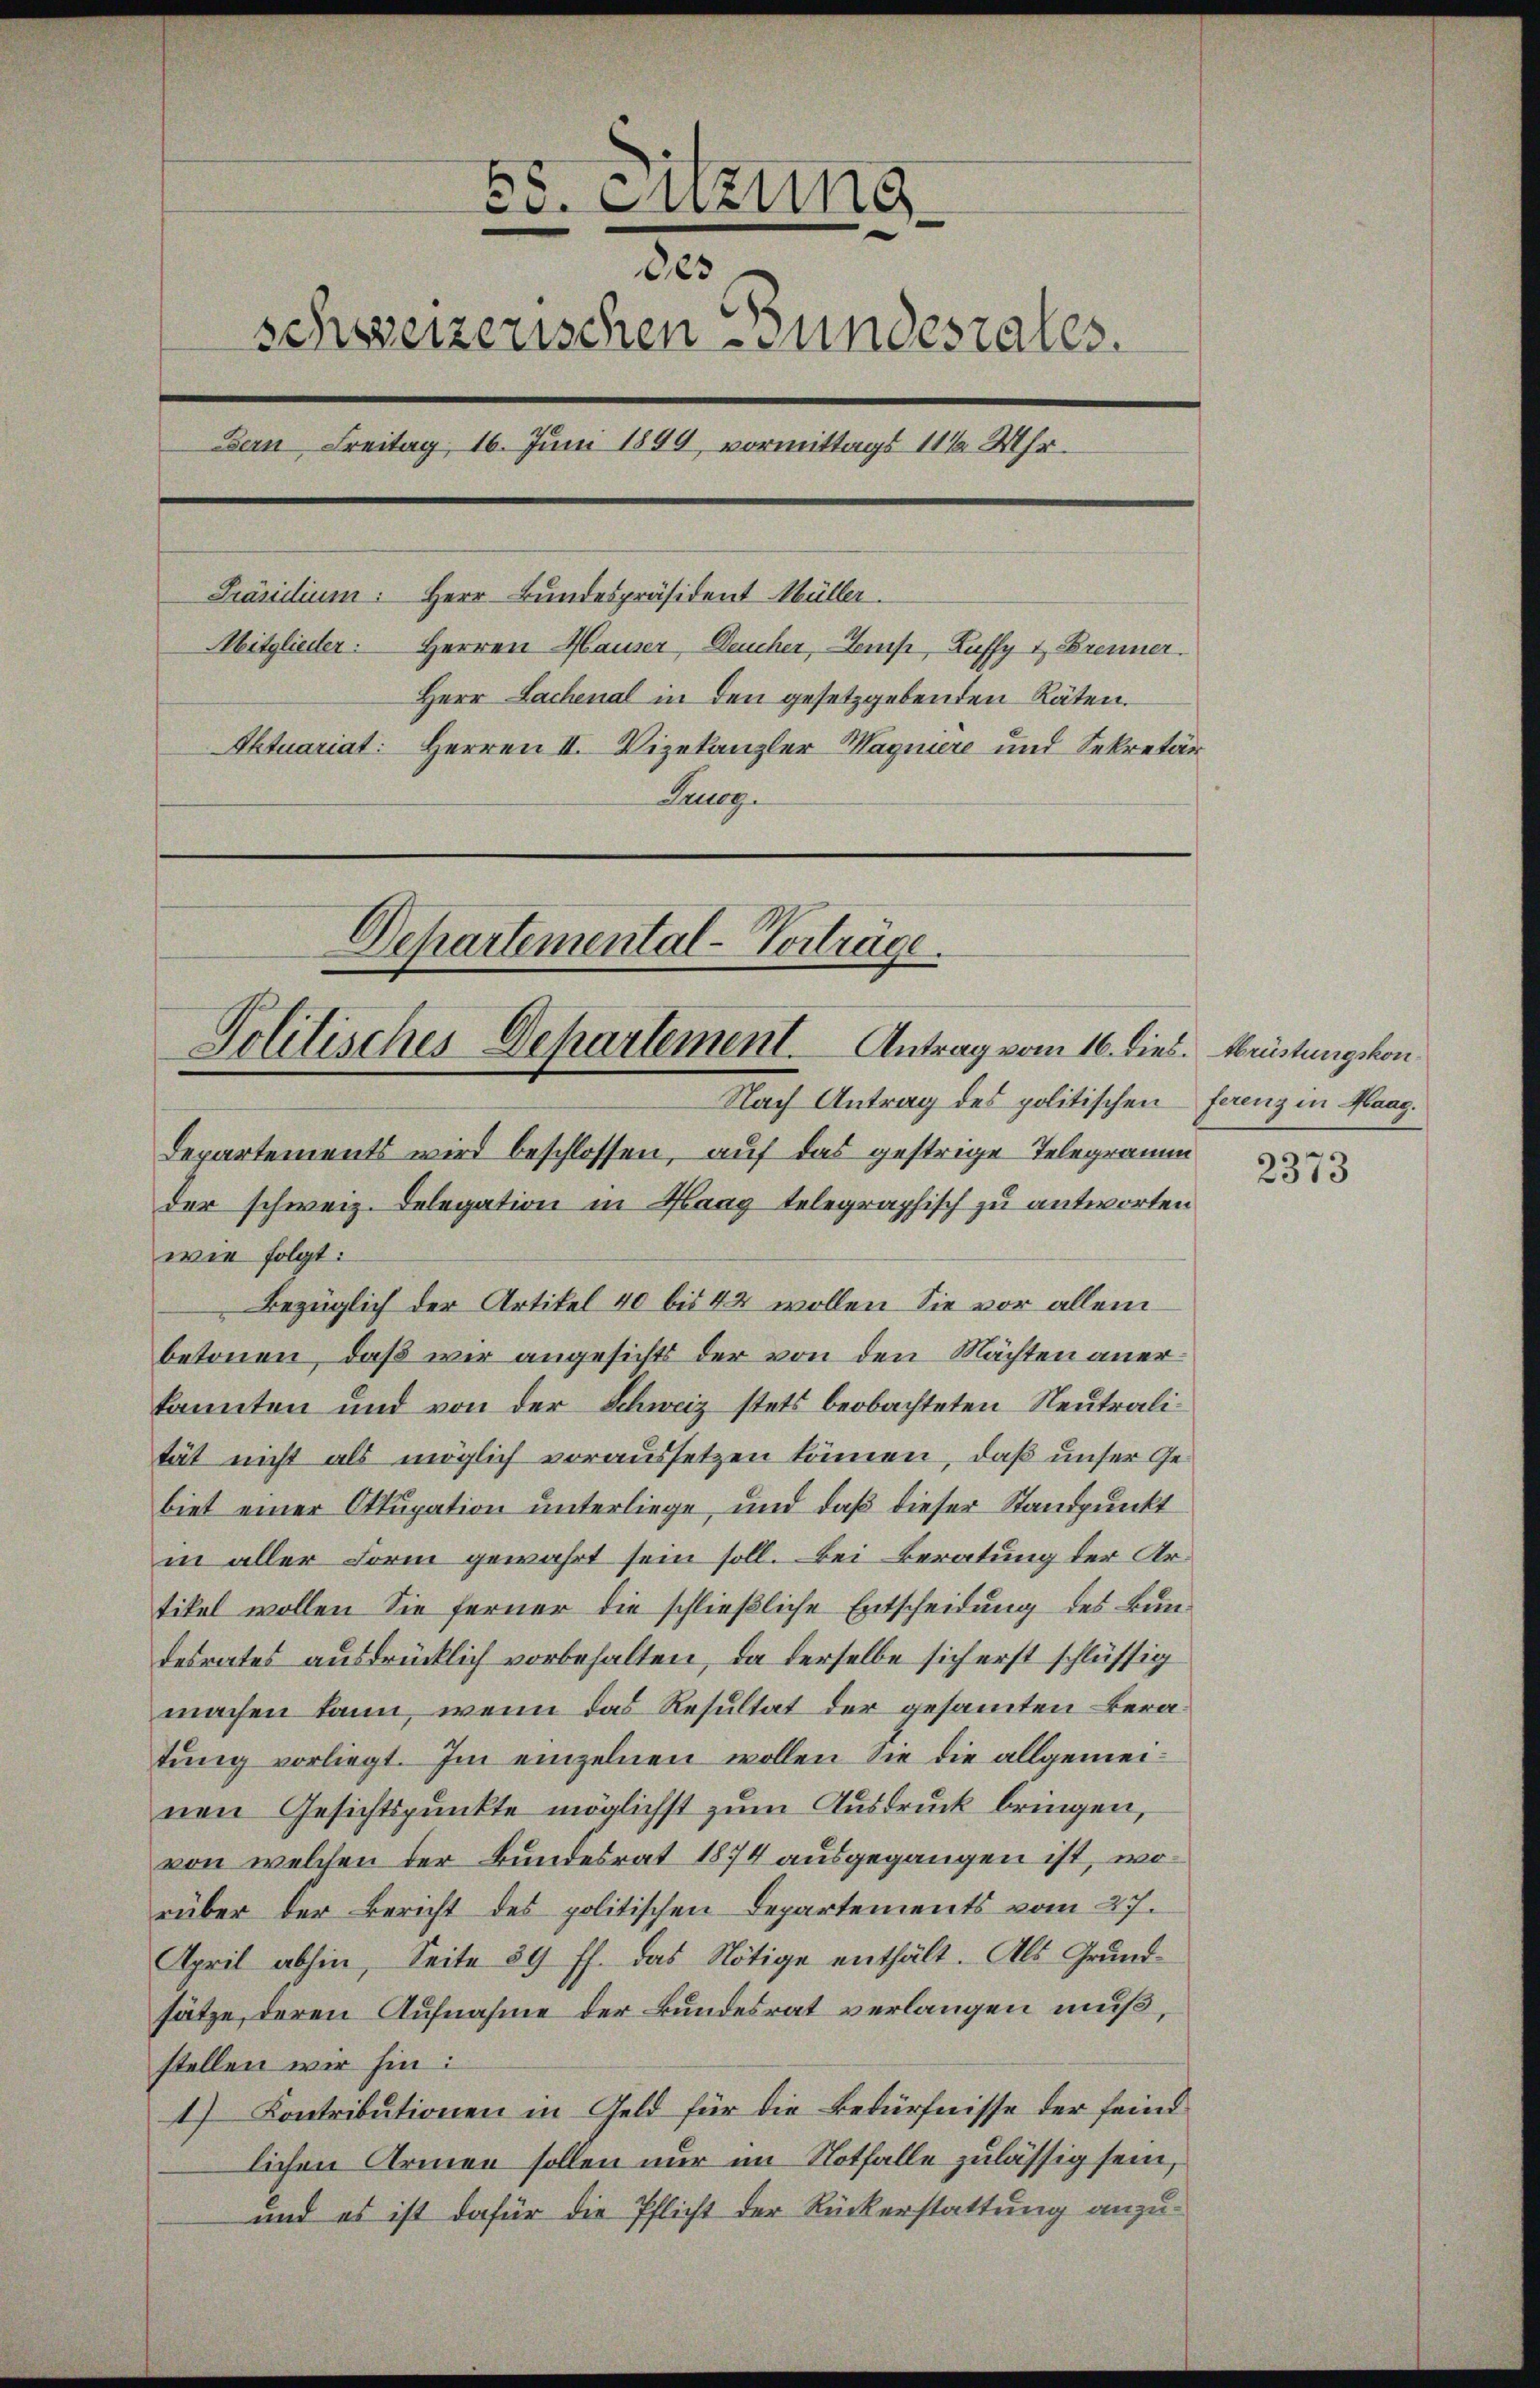
Es. Sitzung
des
schweizerischen Bundeszales.
Bern Freitag, 16. Juni 1899, vormittags 11 1/2 Uhr.
Präsidium: Herr Bundespräsident Müller.
Mitglieder: Herren Hauser, Deucher, Temp, Zuffy & Brenner
Herr Lachenal in den gesetzgebenden Räten.
Aktuariat: Herren II. Vizekanzler Magniere und Sekretär
Taueg

Departemental-Vorträge.
Politisches Departement. Antrag vom 16. dies. Brüstungskon
Nach Antrag des politischen ferenz in Maag.

Departements wird beschlossen, auf das gestrige Telegramm
der schweiz. Delegation in Haag telegraphisch zu antworten
wie folgt:
Bezüglich der Artikel 40 bis 42 wollen. Sie vor allem
betonen, daß wir angesichts der von den Mächten anerkannten und von der Schweiz stets beobachteten Neutralität nicht als möglich voraussetzen können, daß unser Gebiet einer Ottupation unterliege, und daß dieser Standpunkt
in aller Form gewahrt sein soll. Bei Beratung der Artikel wollen Sie ferner die schließliche Entscheidung des Bundesrates ausdrücklich vorbehalten, da derselbe sich erst schlüssig
machen kann, wenn das Resultat der gesammten Beratung vorliegt. Im einzelnen wollen sie die allgemeinen Gesichtspunkte möglichst zum Ausdruck bringen,
von welchen der Bundesrat 1874 ausgegangen ist, wo
rüber der Bericht des politischen Departements vom 27.
April abhin, Seite 89 ff. das Nötige enthält. Als Grund-
sätze, deren Aufnahme der Bundesrat verlangen muß,
stellen wir hin:
1) Contributionen in Geld für die Bedürfnisse der feind
lichen Armen sollen nur im Notfalle zulässig sein,
und es ist dafür die Pflicht der Rückerstattung anzu¬

2373